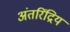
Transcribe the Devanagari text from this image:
अंतरिंद्रिय